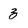
Character: z